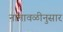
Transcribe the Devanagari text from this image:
नामावळीनुसार